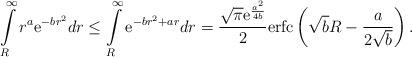
LaTeX: \begin{align*}\int\limits_{R}^{\infty} r^{a}\mathrm{e}^{-b r^2} dr \leq \int\limits_{R}^{\infty} \mathrm{e}^{-b r^2 + a r} dr = \frac{\sqrt{\pi} \mathrm{e}^{\frac{a^2}{4b}} }{2} \mathrm{erfc}\left(\sqrt{b}R - \frac{a}{2\sqrt{b}} \right).\end{align*}